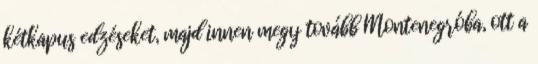
kétkapus edzéseket, majd innen megy tovább Montenegróba, ott a